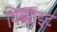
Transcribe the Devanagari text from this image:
गिब्साइट